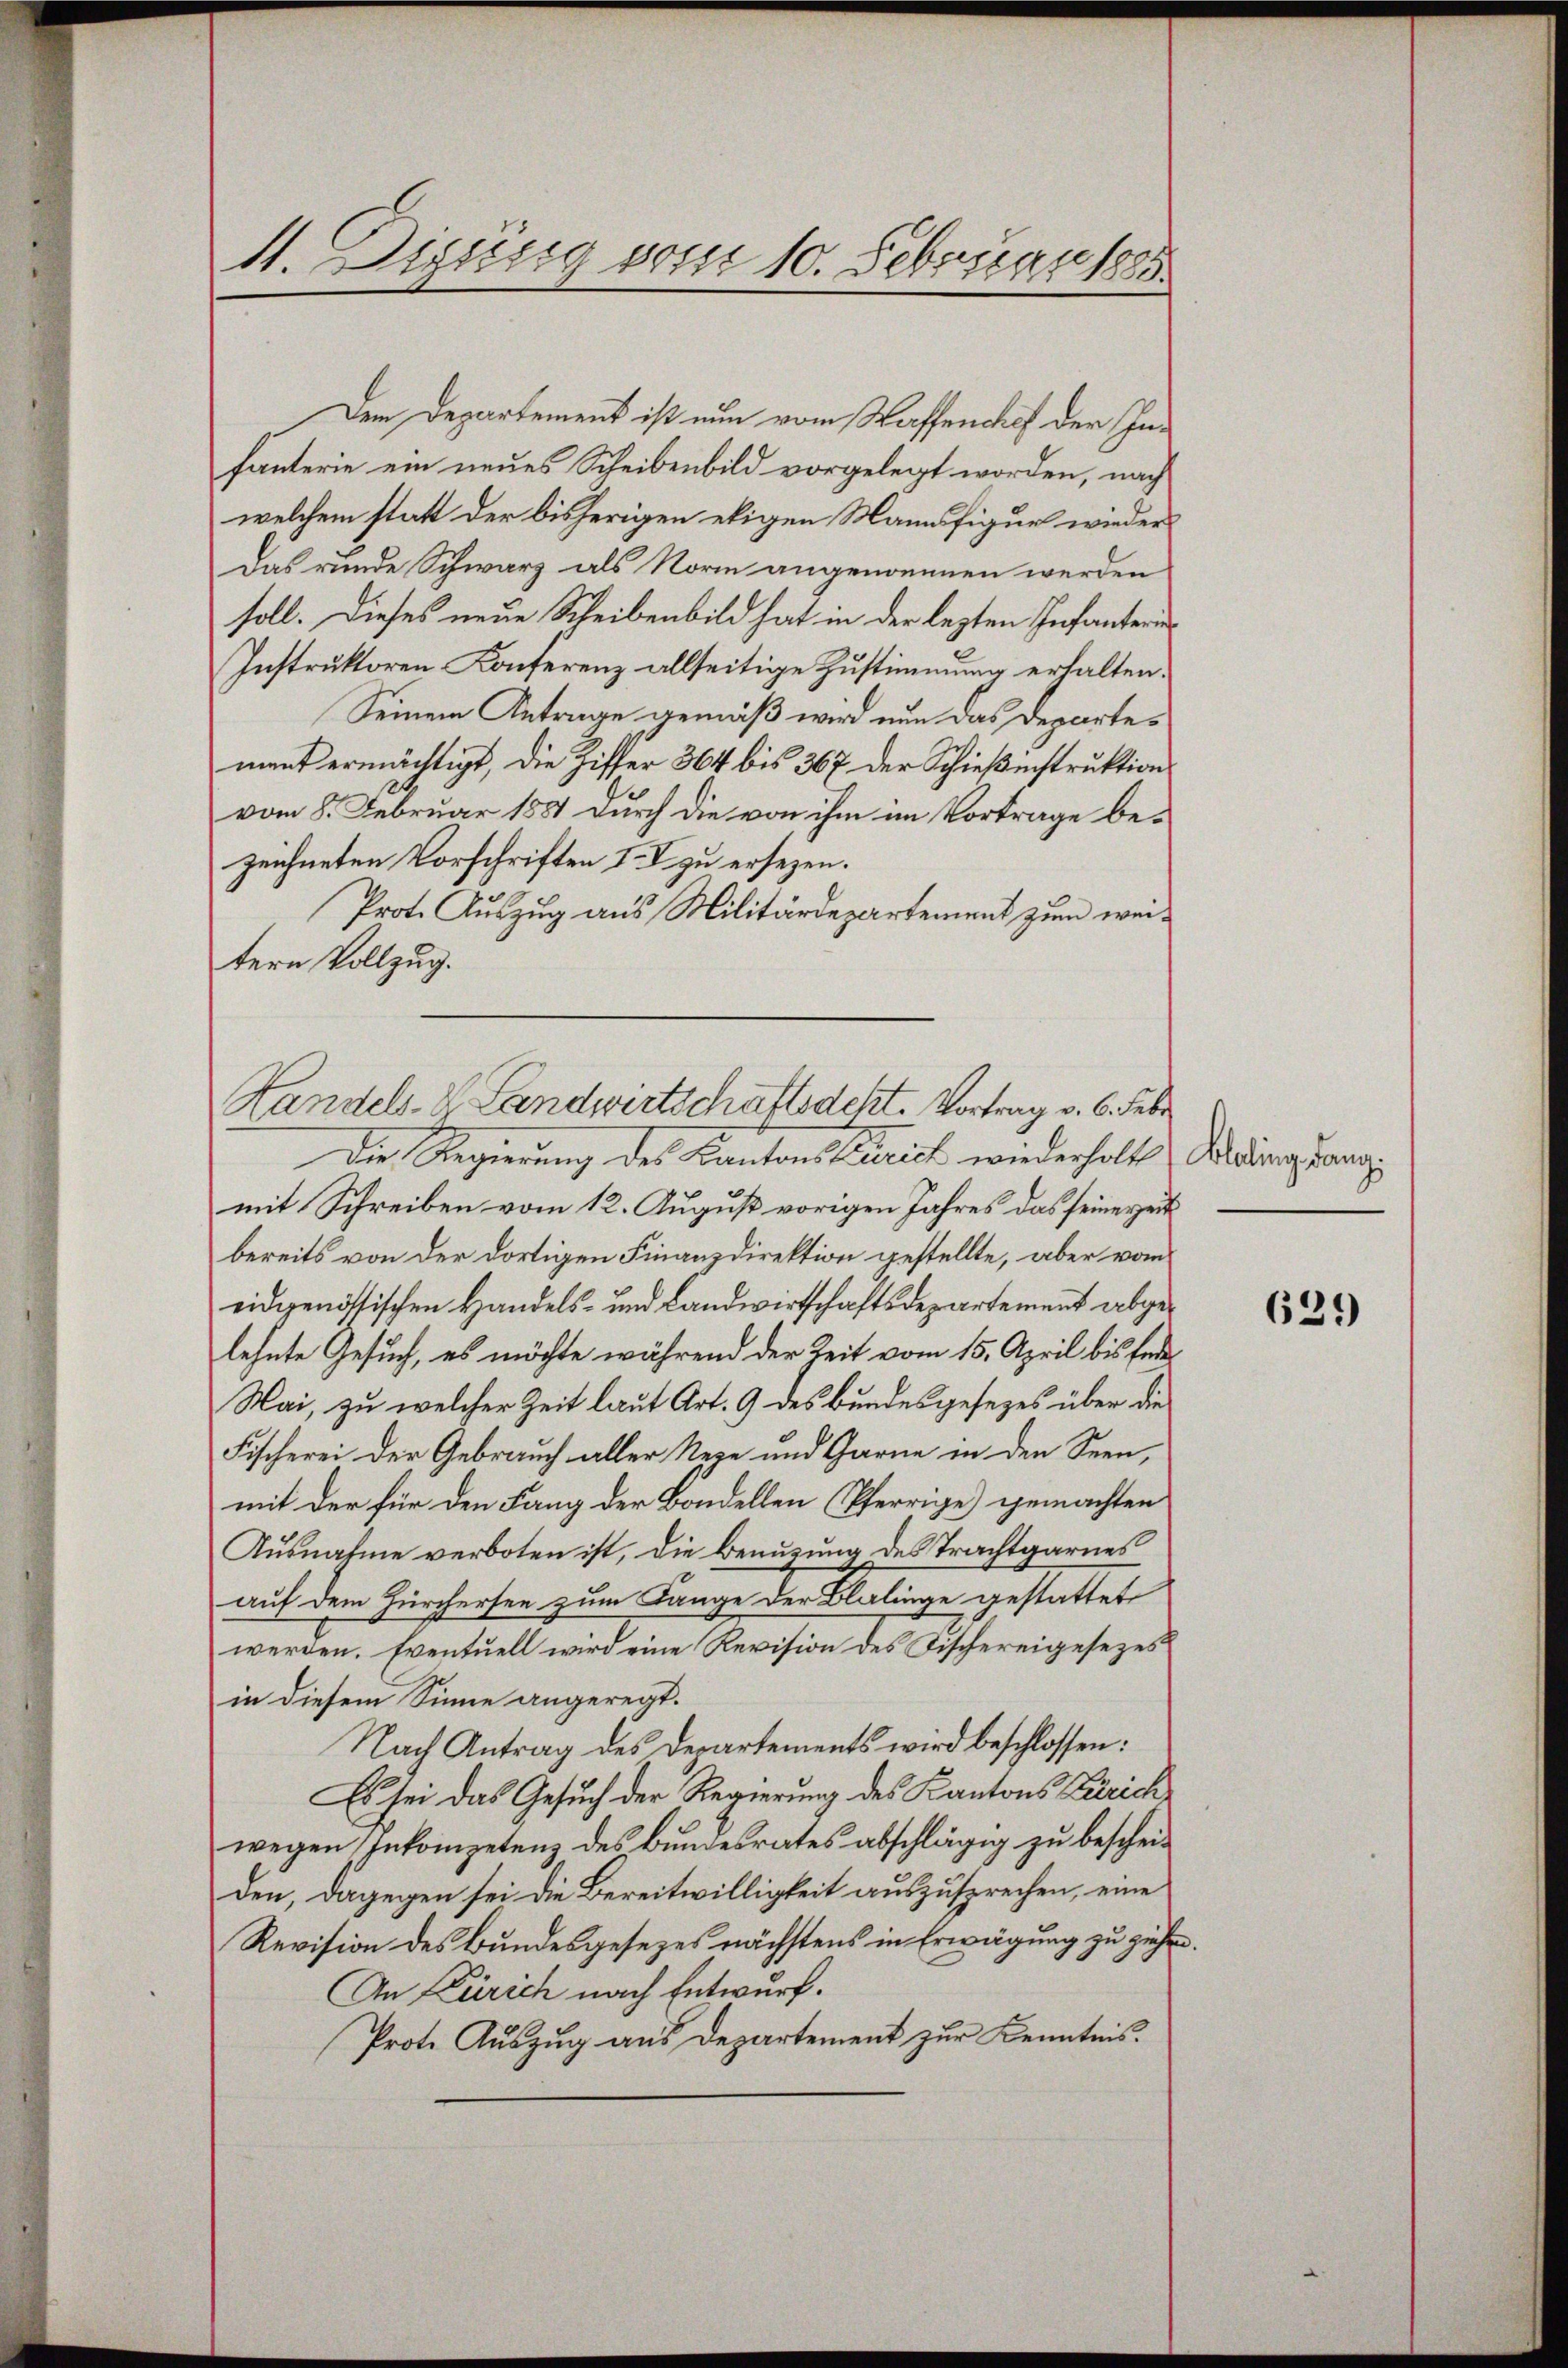
4. Digung vom 10. Februar 1885.

Dem Departement ist nun vom Wassenchef der Infänterie ein neues Scheibenbild vorgelegt worden, nach
welchem statt der bisherigen eigen Mannsfigur wieder
Das runde Schwarz als Norm angenommen werden
soll. Dieses neue Scheibenbild hat in der lezten Infanteri¬
Instruktoren Konferenz allseitige Zustimmung erhalten.
Seinem Antrage gemäß wird nun das Departement ermächtigt, die Ziffer 364 bis 367 der Schießinstruktion
vom 8. Februar 1881 durch die von ihm im Vortrage bezeichneten Vorschriften II zu ersezen.
Prot. Auszug aus Militärdepartement zum weitern Vollzug.
Die Regierung des Kantons Patrich wiederholt Addingung
mit Schreiben vom 12. August vorigen Jahres das seinereit
bereits von der dortigen Finanzdirektion gestellte, aber vom
eidgenössischen Handels- und Landwirtschaftsdepartement abgelehnte Gesuch, es möchte während der Zeit vom 15. April bis fer¬
Mai, zu welcher Zeit laut Art. 9 des Bundesgesezes über die
Fischerei der Gebrauch aller Neze und Garne in den Seen,
mit der für den Lang der Bandellen (Pferrige gemachten
Ausnahme verboten ist, die Benuzung des Trachtgarnes
auf dem Zürchersee zum Lange der Blalinge gestattet
werden. Eventuell wird eine Revision des Fischereigesezes
in diesem Sinne angeregt.
Nach Antrag des Departements wird beschlossen:
Es sei das Gesuch der Regierung des Kantons Zürich
wegen Inkompetenz des Bundesrates abschlägig zu bescheiden, dagegen sei die Bereitwilligkeit auszusprechen, eine
Revision des Bundesgesezes nächstens in Erwägung zu ziehen
An Zürich nach Entwurf.
Prote Auszug aus Departement zur Kenntnis.

Handels. S. Landwirtschaftsacht. Vortrag v. 6. Febr

629